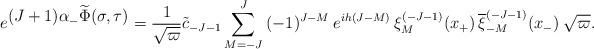
LaTeX: \begin{align*}e^{\textstyle (J+1)\alpha_-\widetilde \Phi(\sigma, \tau )}= {1\over\sqrt \varpi}{\tilde c}_{-J-1}\sum _{M=-J}^J\> (-1)^{J-M} \>e^{ih(J-M)}\>\xi_M^{(-J-1)}(x_+)\,{\overline \xi_{-M}^{(-J-1)}}(x_-) \>\sqrt \varpi .\end{align*}